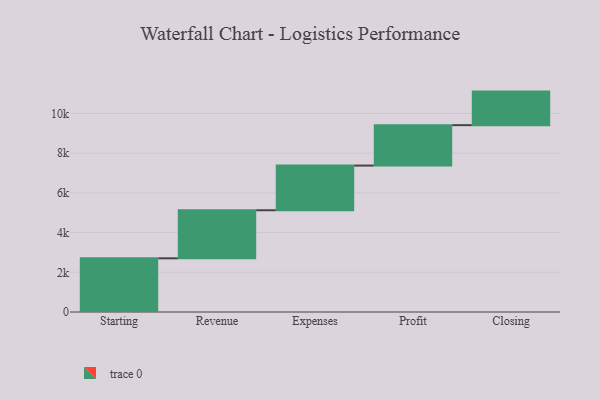
{"axis": {"x": "Step", "y": "Value"}, "legend": [""], "data": [{"x": "Starting", "y": 2704.0, "type": ""}, {"x": "Revenue", "y": 2422.0, "type": ""}, {"x": "Expenses", "y": 2250.0, "type": ""}, {"x": "Profit", "y": 2037.0, "type": ""}, {"x": "Closing", "y": 1690.0, "type": ""}]}